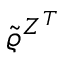
\tilde { \varrho } ^ { Z ^ { T } }